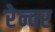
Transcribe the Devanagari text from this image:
रेन्वर